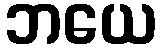
ဘယေ